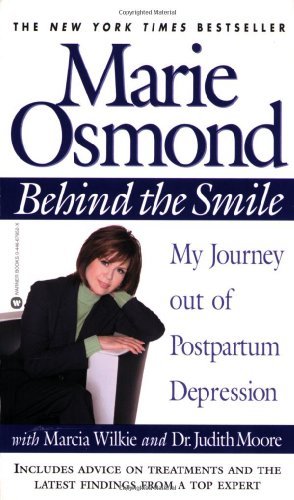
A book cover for Behind the Smile: My Journey out of Postpartum Depression [Paperback] [2002] (Author) Marie Osmond, Marcia Wilkie, Judith Moore; Health, Fitness & Dieting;